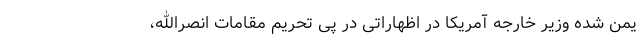
یمن شده وزیر خارجه آمریکا در اظهاراتی در پی تحریم مقامات انصرالله،